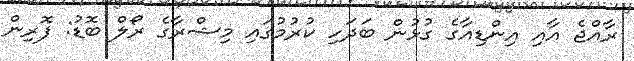
ރާއްޖެ އާއި އިންޑިއާގެ ގުޅުން ބަދަހި ކުރުމުގައި މިޝްރާގެ ރޯލް ބޮޑު: ފޮރިން